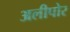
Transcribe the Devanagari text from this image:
अलीपोर